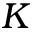
K